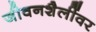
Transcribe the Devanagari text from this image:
जीवनशैलींवर